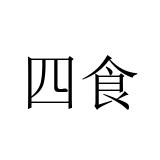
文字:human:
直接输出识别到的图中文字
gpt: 四食